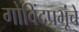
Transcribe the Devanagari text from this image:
गोविंदप्रभूंचे